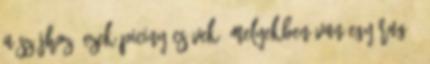
a szíjhoz. Ezek piciny csövek, melyekben van egy rugó,